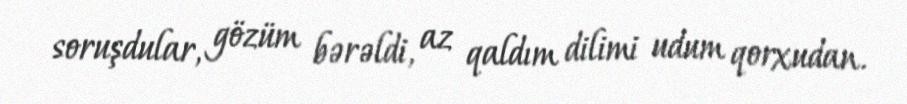
soruşdular, gözüm bərəldi, az qaldım dilimi udum qorxudan.